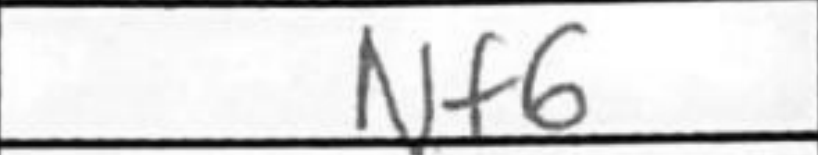
Transcription: Nf6